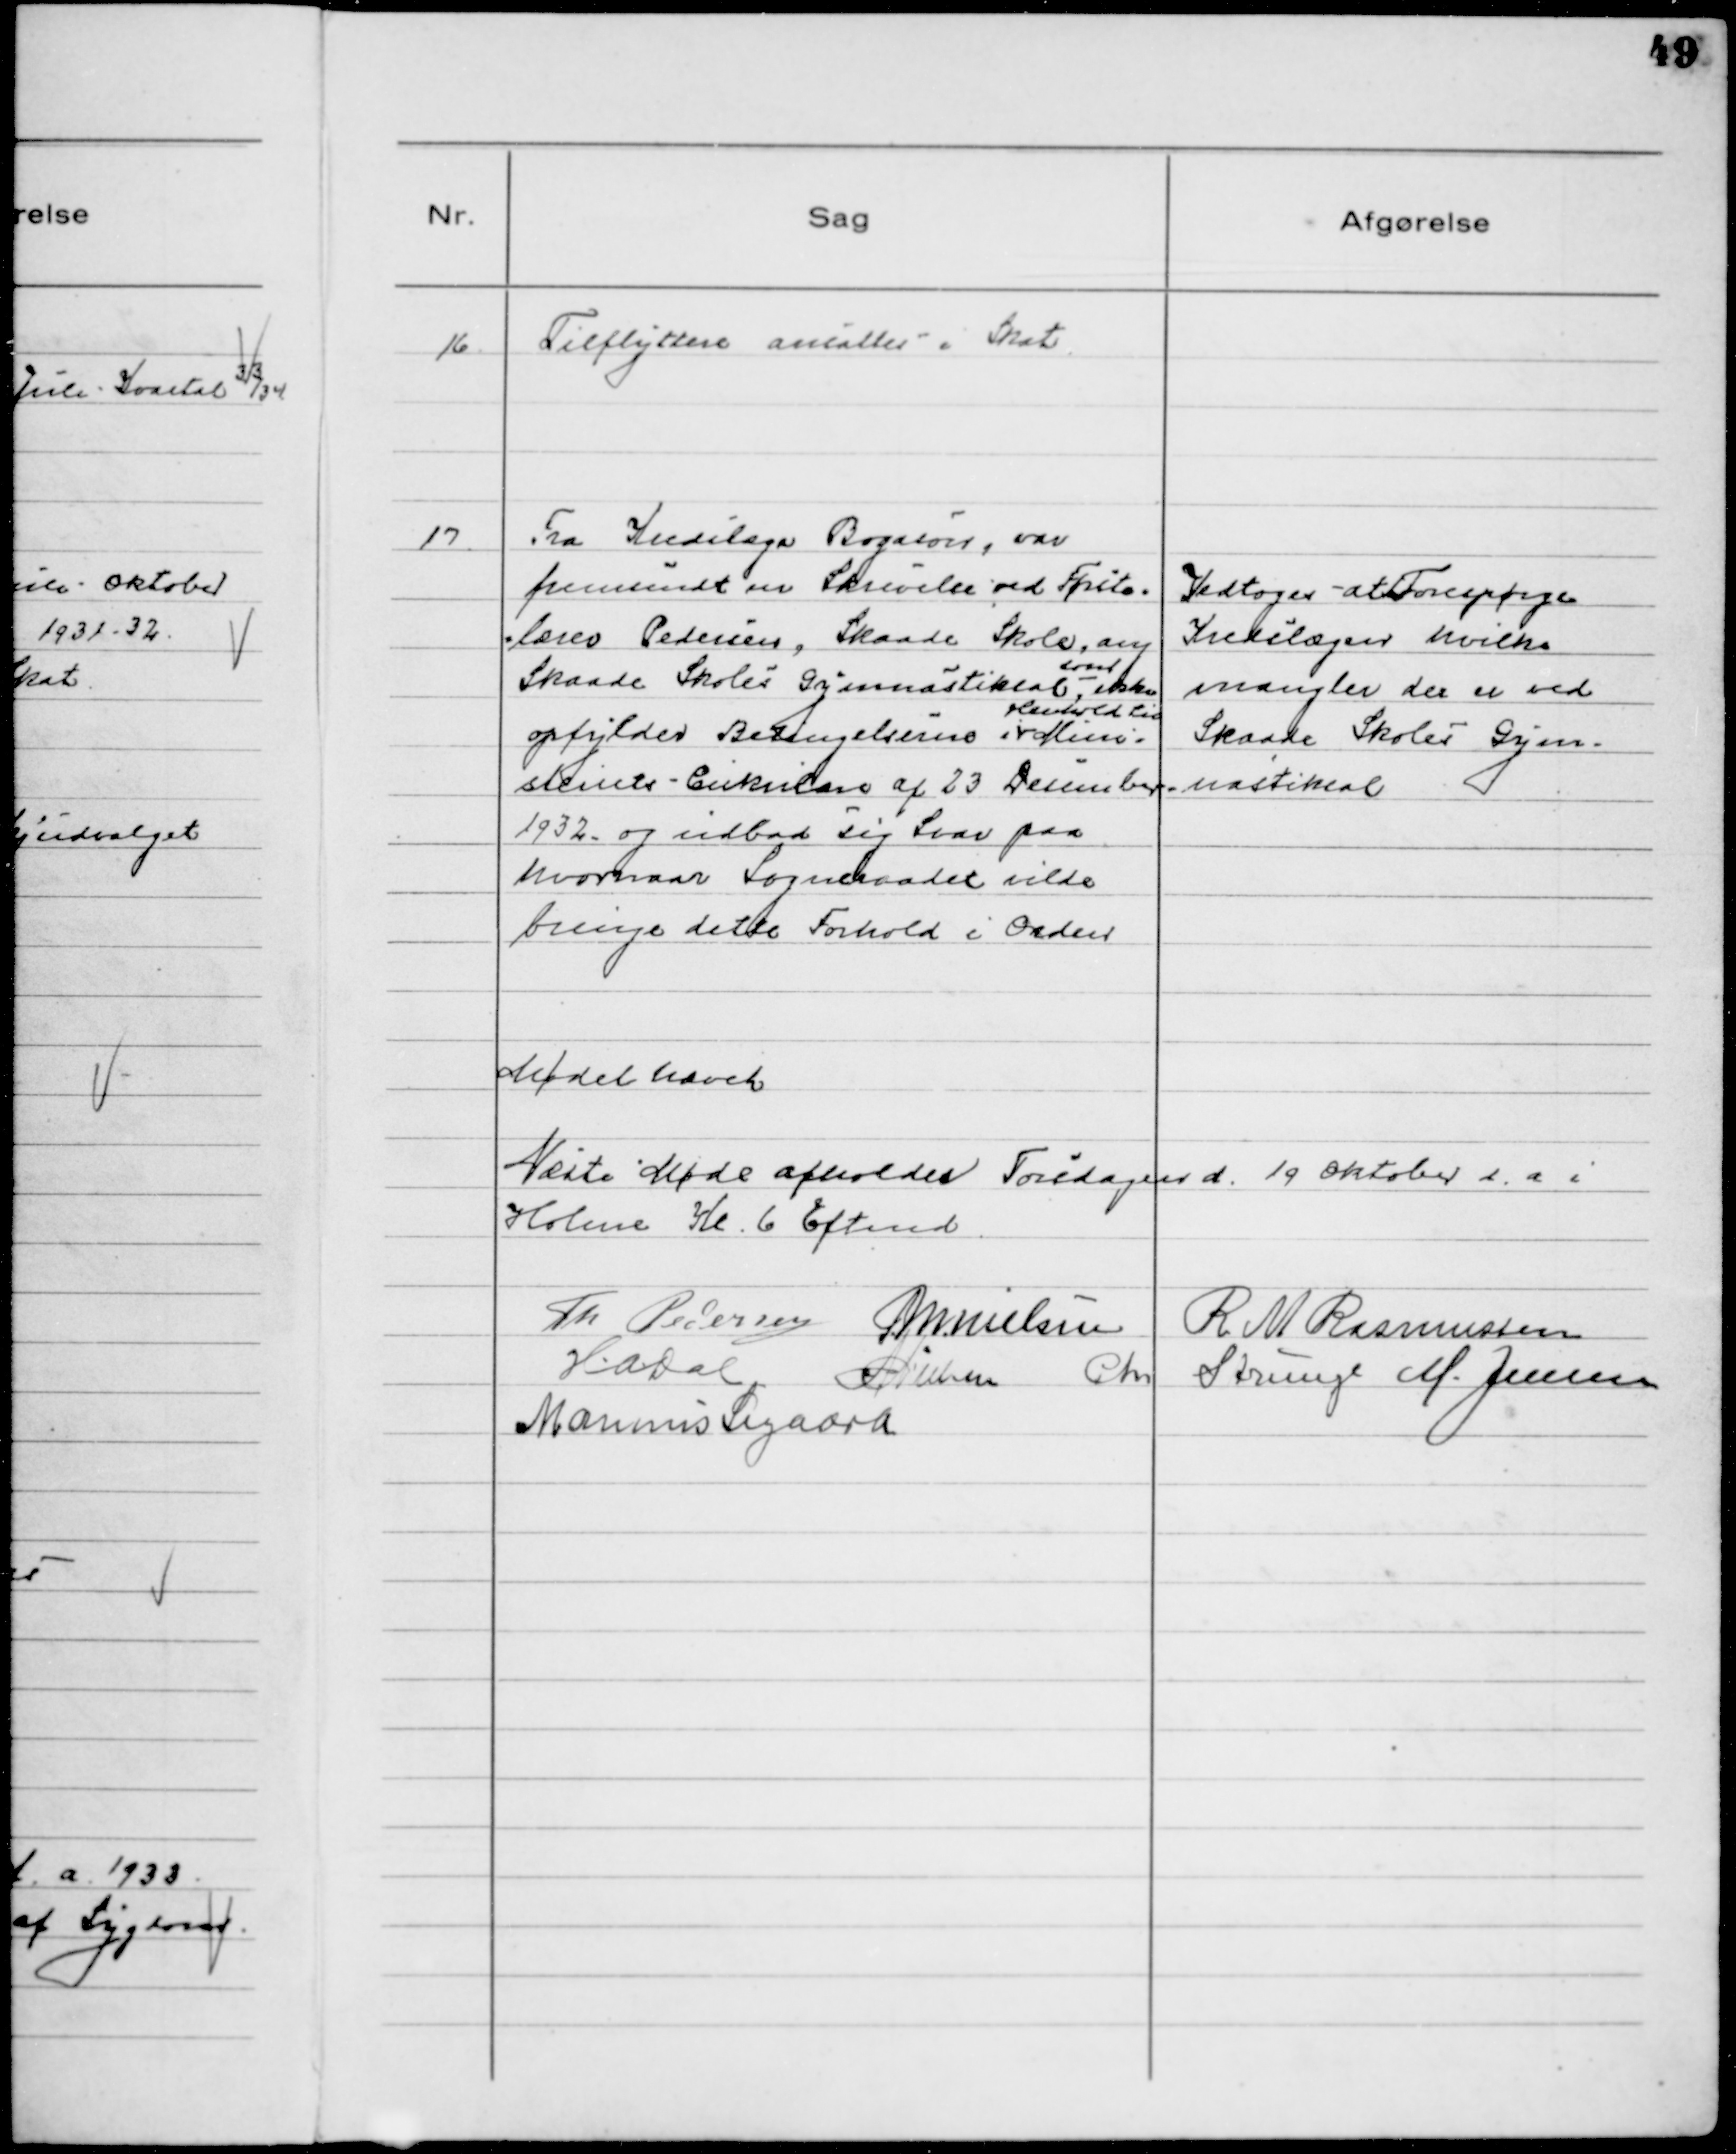
Transskription:
16
Tilflyttere ansattes i Skat

17
Fra Kredslæge Bogason, var
fremsendt en Skrivelse ved Første-
lærer Pedersen, Skaade Skole, ang
Skaade Skoles Gymnastiksal
som
ikke
opfylder Betingelserne i
Henhold til
Mini-
steriets Cirkulære af 23 December
1932 og udbad sig Svar paa
hvornaar Sogneraadet vilde
bringe dette Forhold i Orden

Vedtoges at Forespørge
Kredslægen hvilke
mangler der er ved
Skaade Skoles Gym-
nastiksal

Mødet hævet
Næste Møde afholdes Torsdagen d. 19 Oktober d.a. i
Holme Kl. 6 Eftmd
Th Pedersen MNielsen R M Rasmussen
HADal NNielsen Chr Strunge M. Jensen
Marinus Sigaard